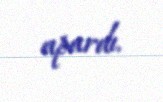
apardı.